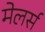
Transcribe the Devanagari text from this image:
मेलर्स